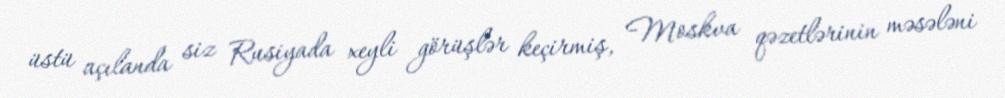
üstü açılanda siz Rusiyada xeyli görüşlər keçirmiş, Moskva qəzetlərinin məsələni